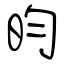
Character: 昀